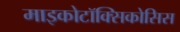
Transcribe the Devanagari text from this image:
माइकोटॉक्सिकोसिस